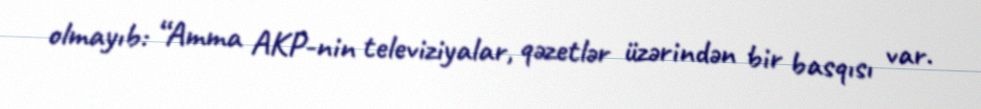
olmayıb: “Amma AKP-nin televiziyalar, qəzetlər üzərindən bir basqısı var.